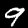
Digit: 9